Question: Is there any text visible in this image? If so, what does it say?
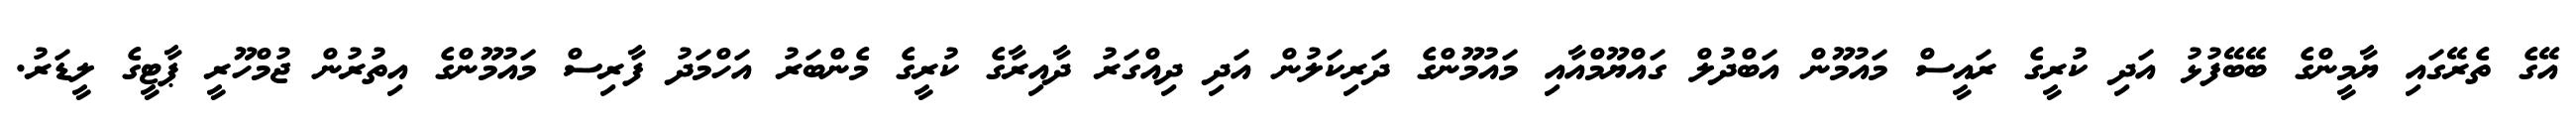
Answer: އޭގެ ތެރޭގައި ޔާމީންގެ ބޭބޭފުޅު އަދި ކުރީގެ ރައީސް މައުމޫން އަބްދުލް ގައްޔޫމްއާއި މައުމޫންގެ ދަރިކަލުން އަދި ދިއްގަރު ދާއިރާގެ ކުރީގެ މެންބަރު އަހްމަދު ފާރިސް މައުމޫންގެ އިތުރުން ޖުމްހޫރީ ޕާޓީގެ ލީޑަރު.